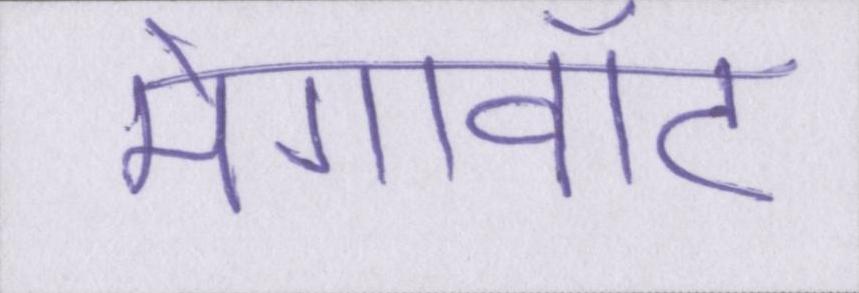
मेगावॉट